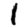
Digit: 1